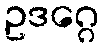
ဥဒဂ္ဂေ